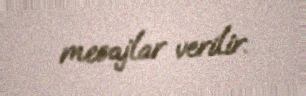
mesajlar verilir.